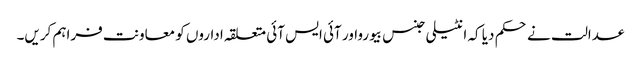
عدالت نے حکم دیا کہ انٹیلی جنس بیورواور آئی ایس آئی متعلقہ اداروں کو معاونت فراہم کریں۔